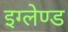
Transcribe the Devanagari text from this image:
इग्‍लेण्‍ड